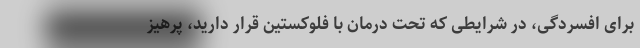
برای افسردگی، در شرایطی که تحت درمان با فلوکستین قرار دارید، پرهیز